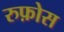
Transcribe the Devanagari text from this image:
रुफ़ोस